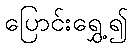
ပြောင်းရွှေ့၍